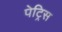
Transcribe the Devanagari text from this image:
पेट्रिस